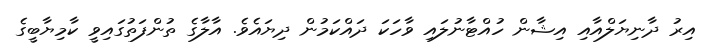
އިރު ދާނިޔަލްއާއި އިޝާން ހުއްޓާނުލައި ވާހަކަ ދައްކަމުން ދިޔައެވެ. އާލާގެ ތުންފަތުގައިވީ ކާމިޔާބީގެ